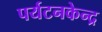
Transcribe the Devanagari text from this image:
पर्यटनकेन्द्र